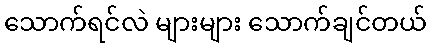
သောက်ရင်လဲ များများ သောက်ချင်တယ်